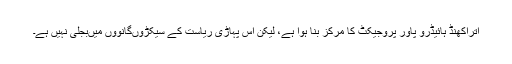
اتراکھنڈ ہائیڈرو پاور پروجیکٹ کا مرکز بنا ہوا ہے، لیکن اس پہاڑی ریاست کے سیکڑوںگانووں میںبجلی نہیں ہے۔